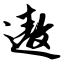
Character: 遨